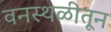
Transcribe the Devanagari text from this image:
वनस्थळीतून